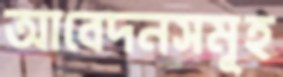
আবেদনসমূহ